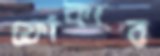
ফোঁকার